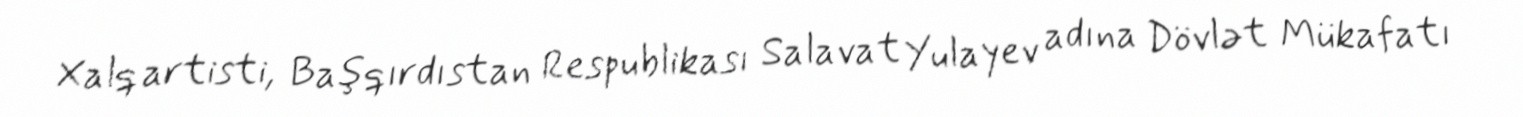
Xalq artisti, Başqırdıstan Respublikası Salavat Yulayev adına Dövlət Mükafatı